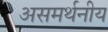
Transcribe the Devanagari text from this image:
असमर्थनीय